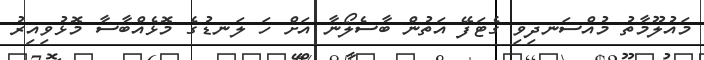
މައުލޫމާތު މުއްސަނދިވި ގެޓަފޭ އަތުން ބާސެލޯނާ އަށް ހަ ލަނޑުގެ މޮޅެއްބާސާ މޮޅުވިއިރު